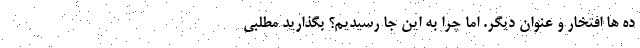
ده ها افتخار و عنوان دیگر. اما چرا به این جا رسیدیم؟ بگذارید مطلبی